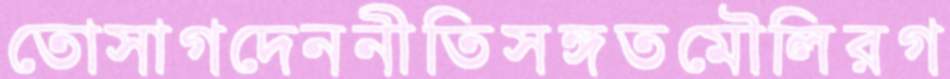
তোসাগদেননীতিসঙ্গতমৌলিরগ